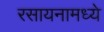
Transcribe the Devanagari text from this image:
रसायनामध्ये